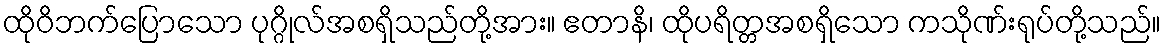
ထိုဝိဘက်ပြောသော ပုဂ္ဂိုလ်အစရှိသည်တို့အား။ ဧတာနိ၊ ထိုပရိတ္တအစရှိသော ကသိုဏ်းရုပ်တို့သည်။